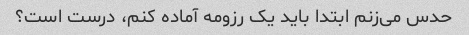
حدس می‌زنم ابتدا باید یک رزومه آماده کنم، درست است؟